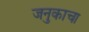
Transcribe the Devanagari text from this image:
जनुकाचा